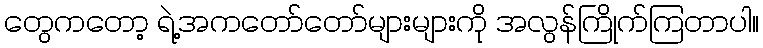
တွေကတော့ ရဲ့အကတော်တော်များများကို အလွန်ကြိုက်ကြတာပါ။